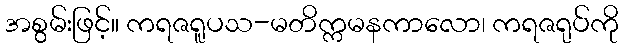
အစွမ်းဖြင့်။ ကရဇရူပသ-မတိက္ကမနကာလော၊ ကရဇရုပ်ကို